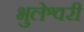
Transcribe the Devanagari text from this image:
भुलेश्वरी